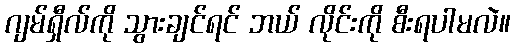
ဂျမ်ရှီလ်ကို သွားချင်ရင် ဘယ် လိုင်းကို စီးရပါမလဲ။